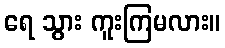
ရေ သွား ကူးကြမလား။